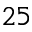
2 5